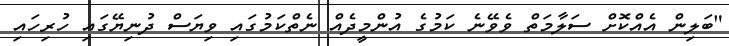
"ބަލިން އެއްކޮށް ސަލާމަތް ވެވޭނެ ކަމުގެ އުންމީދެއް ނެތްކަމުގައި ވިޔަސް ދުނިޔޭގައި ހުރިހައި